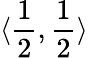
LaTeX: \langle{\frac{1}{2},\frac{1}{2}}\rangle